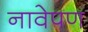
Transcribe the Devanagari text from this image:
नावेपण